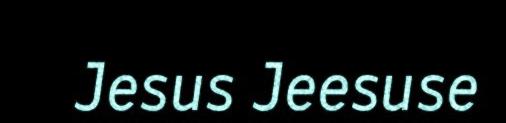
Jesus Jeesuse